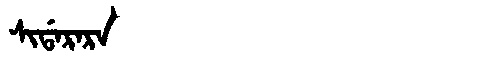
Manchu: ᠰᡳᡩᠠᡵᠠᡵᠠ
Romanization: SIDARARA